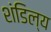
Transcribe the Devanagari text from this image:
शंडिल्य